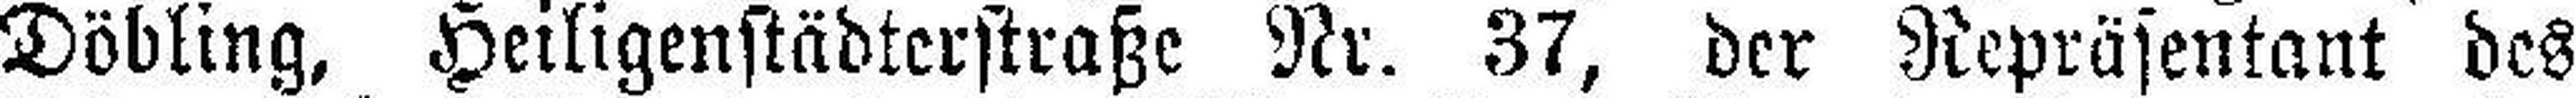
Döbling, Heiligenstädterstraße Nr. 37, der Repräsentant des